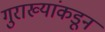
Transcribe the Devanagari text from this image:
गुराख्यांकडून